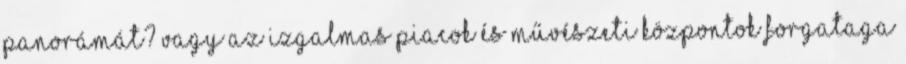
panorámát? Vagy az izgalmas piacok és művészeti központok forgataga